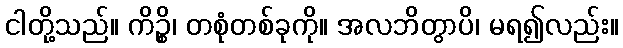
ငါတို့သည်။ ကိဉ္စိ၊ တစုံတစ်ခုကို။ အလဘိတွာပိ၊ မရ၍လည်း။